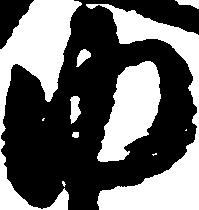
内